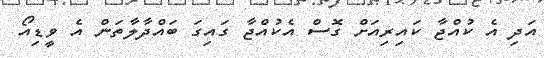
އަދި އެ ކުއްޖާ ކައިރިއަށް ގޮސް އެކުއްޖާ ގައިގަ ބައްދާލާތަން އެ ވީޑިއޯ